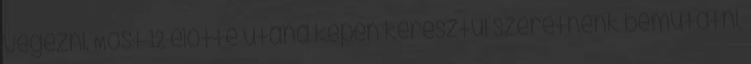
végezni. Most 12 előtte utána képen keresztül szeretnénk bemutatni,